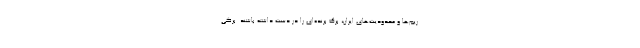
ریم‌ها و محدودیت‌های ایران، برگ برنده‌ای را در دست داشته باشند. برگی